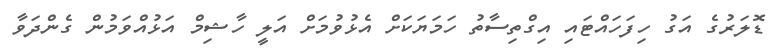
ޑޮލަރުގެ އަގު ހިފަހައްޓައި އިގްތިސާތު ހަމަޔަކަށް އެޅުވުމަށް އަލީ ހާޝިމް އަޅުއްވަމުން ގެންދަވާ